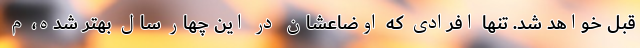
قبل خواهد شد. تنها افرادی که اوضاعشان در این چهار سال بهتر شده، م